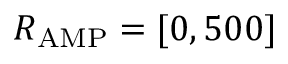
R _ { \mathrm { A M P } } = [ 0 , 5 0 0 ]